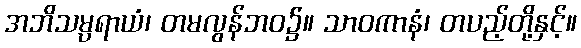
အဘိသမ္ပရာယံ၊ တမလွန်ဘဝ၌။ သာဝကာနံ၊ တပည့်တို့နှင့်။